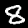
Digit: 8